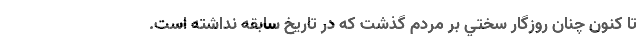
تا كنون چنان روزگار سختي بر مردم گذشت كه در تاريخ سابقه نداشته است.